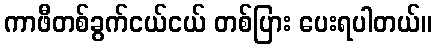
ကာဖီတစ်ခွက်ငယ်ငယ် တစ်ပြား ပေးရပါတယ်။